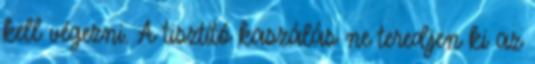
kell végezni. A tisztító kaszálás ne teredjen ki az